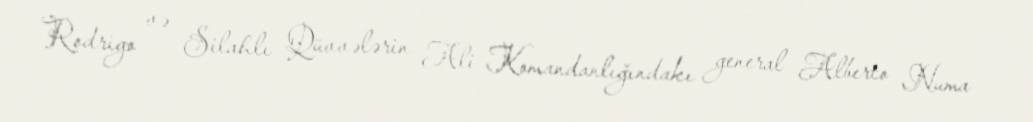
Rodrigo və Silahlı Qüvvələrin Ali Komandanlığındakı general Alberto Numa